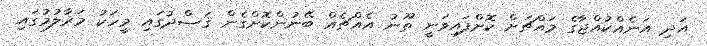
އަދި އަނެއްކުއްޖާގެ މައްޗަށް ކޮށްފައިވަނީ ތޫނު އެއްޗެއް ބޭނުންކޮށްގެން ޤަޞްދުގައި މީހަކު މަރާލުމުގައި